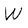
Character: w